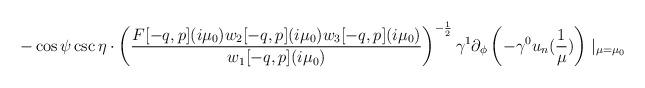
LaTeX: \begin{align*} -\cos\psi\csc\eta\cdot\left(\frac{F[-q,p](i\mu_{0})w_{2}[-q,p](i\mu_{0})w_{3}[-q,p](i\mu_{0})}{w_{1}[-q,p](i\mu_{0})}\right)^{-\frac{1}{2}} \gamma^{1}\partial_{\phi}\left(-\gamma^{0}u_{n}(\frac{1}{\mu})\right)\mid_{\mu=\mu_{0}} \end{align*}